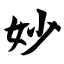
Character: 妙